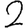
Digit: 2